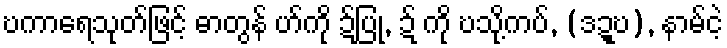
ဎကာရေသုတ်ဖြင့် ဓာတွန် ဟ်ကို ဍ်ပြု, ဍ် ကို ဎသို့ကပ်, (ဒဍ္ဎ), နာမ်ငဲ့